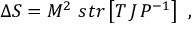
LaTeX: \Delta S = M ^ { 2 } \ s t r \left[ T \, J \, P ^ { - 1 } \right] \ ,